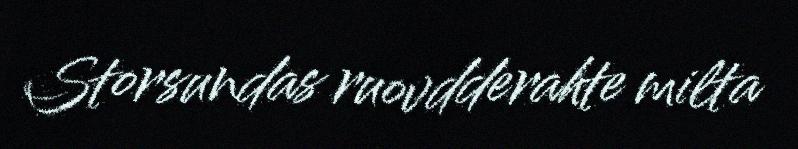
Storsundas ruovdderahte milta